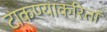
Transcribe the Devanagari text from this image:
टाकण्याकरितां